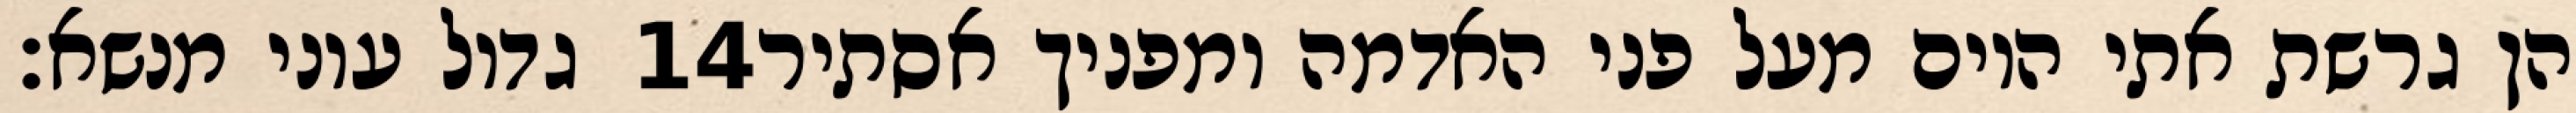
גדול עוני מנשא׃ ‎14‏ הן גרשת אתי היום מעל פני האדמה ומפניך אסתיר